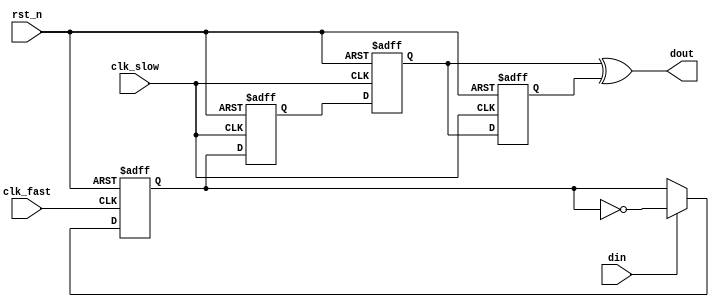
////////////////////////////////////////////////////////////////////////////////
// Description:
//	Single bit signal synchronization from fast clock domain to slow clock domain.
//Usage conditions:
//	The interval between two input pulses in the fast clock domain must be greater than or equal to two clock cycles in the slow clock domain.
//
////////////////////////////////////////////////////////////////////////////////

module asy_1bit_fast2slow(
	input  clk_fast, 
	input  clk_slow, 
	input  rst_n,
	input  din,
	output dout
);
(* ASYNC_REG = "TRUE" *)		//To avoid timing defaults
reg       toggle;
(* ASYNC_REG = "TRUE" *)		
reg       q1,q2,q3;
//------get Toggle signal------
always@(posedge clk_fast or negedge rst_n) begin
	if(!rst_n)begin
		toggle <= 1'b0;
    end
	else if(din) begin
		toggle <= ~toggle;
	end
	else begin
		toggle <= toggle;
	end
end

//------SYNC shooting-------
assign dout = q2 ^ q3; 
always@(posedge clk_slow or negedge rst_n) begin
	if(!rst_n)begin
		{q3,q2,q1} <= {3{1'b0}};
    end
	else begin
		{q3,q2,q1} <= {q2,q1,toggle};
	end
end

endmodule